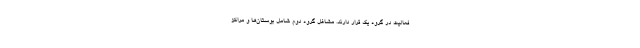
فعالیت در گروه یک قرار دارند. مشاغل گروه دوم شامل بوستان‌ها و مراکز